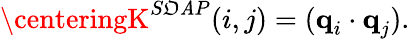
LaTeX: \centeringK^{S\mathfrak{O}\mathit{A}P}(i,j)=(\textbf{{q}}_{i}\cdot\textbf{{q}}_{j}).